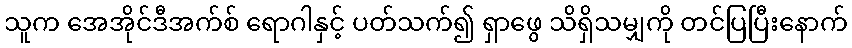
သူက အေအိုင်ဒီအက်စ် ရောဂါနှင့် ပတ်သက်၍ ရှာဖွေ သိရှိသမျှကို တင်ပြပြီးနောက်